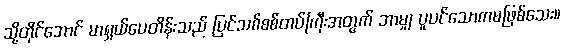
သို့တိုင်အောင် မာရှယ်ပေတိန်းသည် ပြင်သစ်စစ်တပ်ကြီးအတွက် ဘာမျှ ပူပင်သောကမဖြစ်သေး။